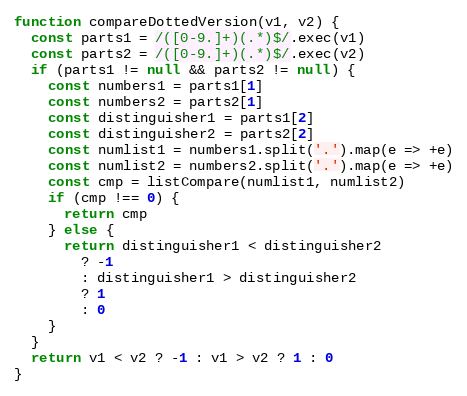
Language: JavaScript
function compareDottedVersion(v1, v2) {
  const parts1 = /([0-9.]+)(.*)$/.exec(v1)
  const parts2 = /([0-9.]+)(.*)$/.exec(v2)
  if (parts1 != null && parts2 != null) {
    const numbers1 = parts1[1]
    const numbers2 = parts2[1]
    const distinguisher1 = parts1[2]
    const distinguisher2 = parts2[2]
    const numlist1 = numbers1.split('.').map(e => +e)
    const numlist2 = numbers2.split('.').map(e => +e)
    const cmp = listCompare(numlist1, numlist2)
    if (cmp !== 0) {
      return cmp
    } else {
      return distinguisher1 < distinguisher2
        ? -1
        : distinguisher1 > distinguisher2
        ? 1
        : 0
    }
  }
  return v1 < v2 ? -1 : v1 > v2 ? 1 : 0
}